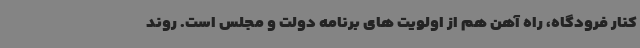
کنار فرودگاه، راه آهن هم از اولویت های برنامه دولت و مجلس است. روند